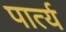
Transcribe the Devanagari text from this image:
पार्त्य